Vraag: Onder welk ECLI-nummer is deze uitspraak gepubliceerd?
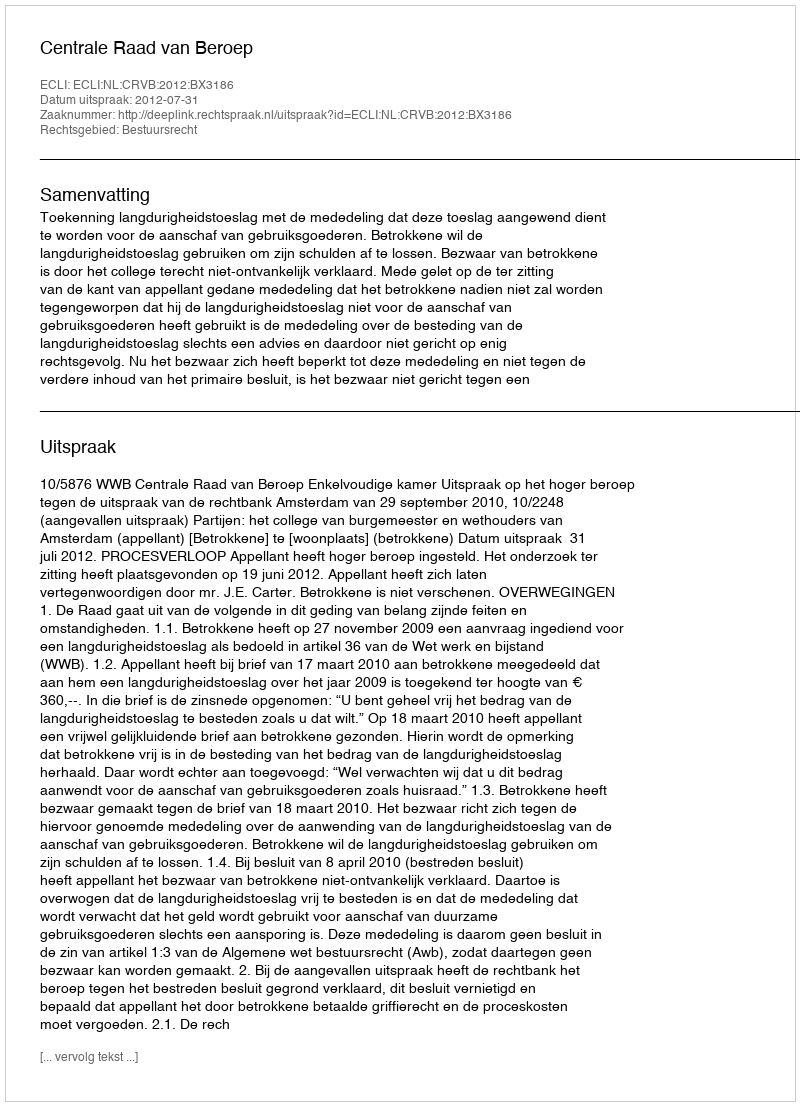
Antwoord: ECLI:NL:CRVB:2012:BX3186